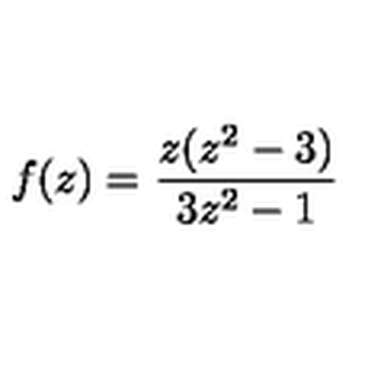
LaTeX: f ( z ) = \frac { z ( z ^ { 2 } - 3 ) } { 3 z ^ { 2 } - 1 }